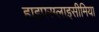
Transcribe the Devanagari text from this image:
हाइपरग्लाइसीमिया